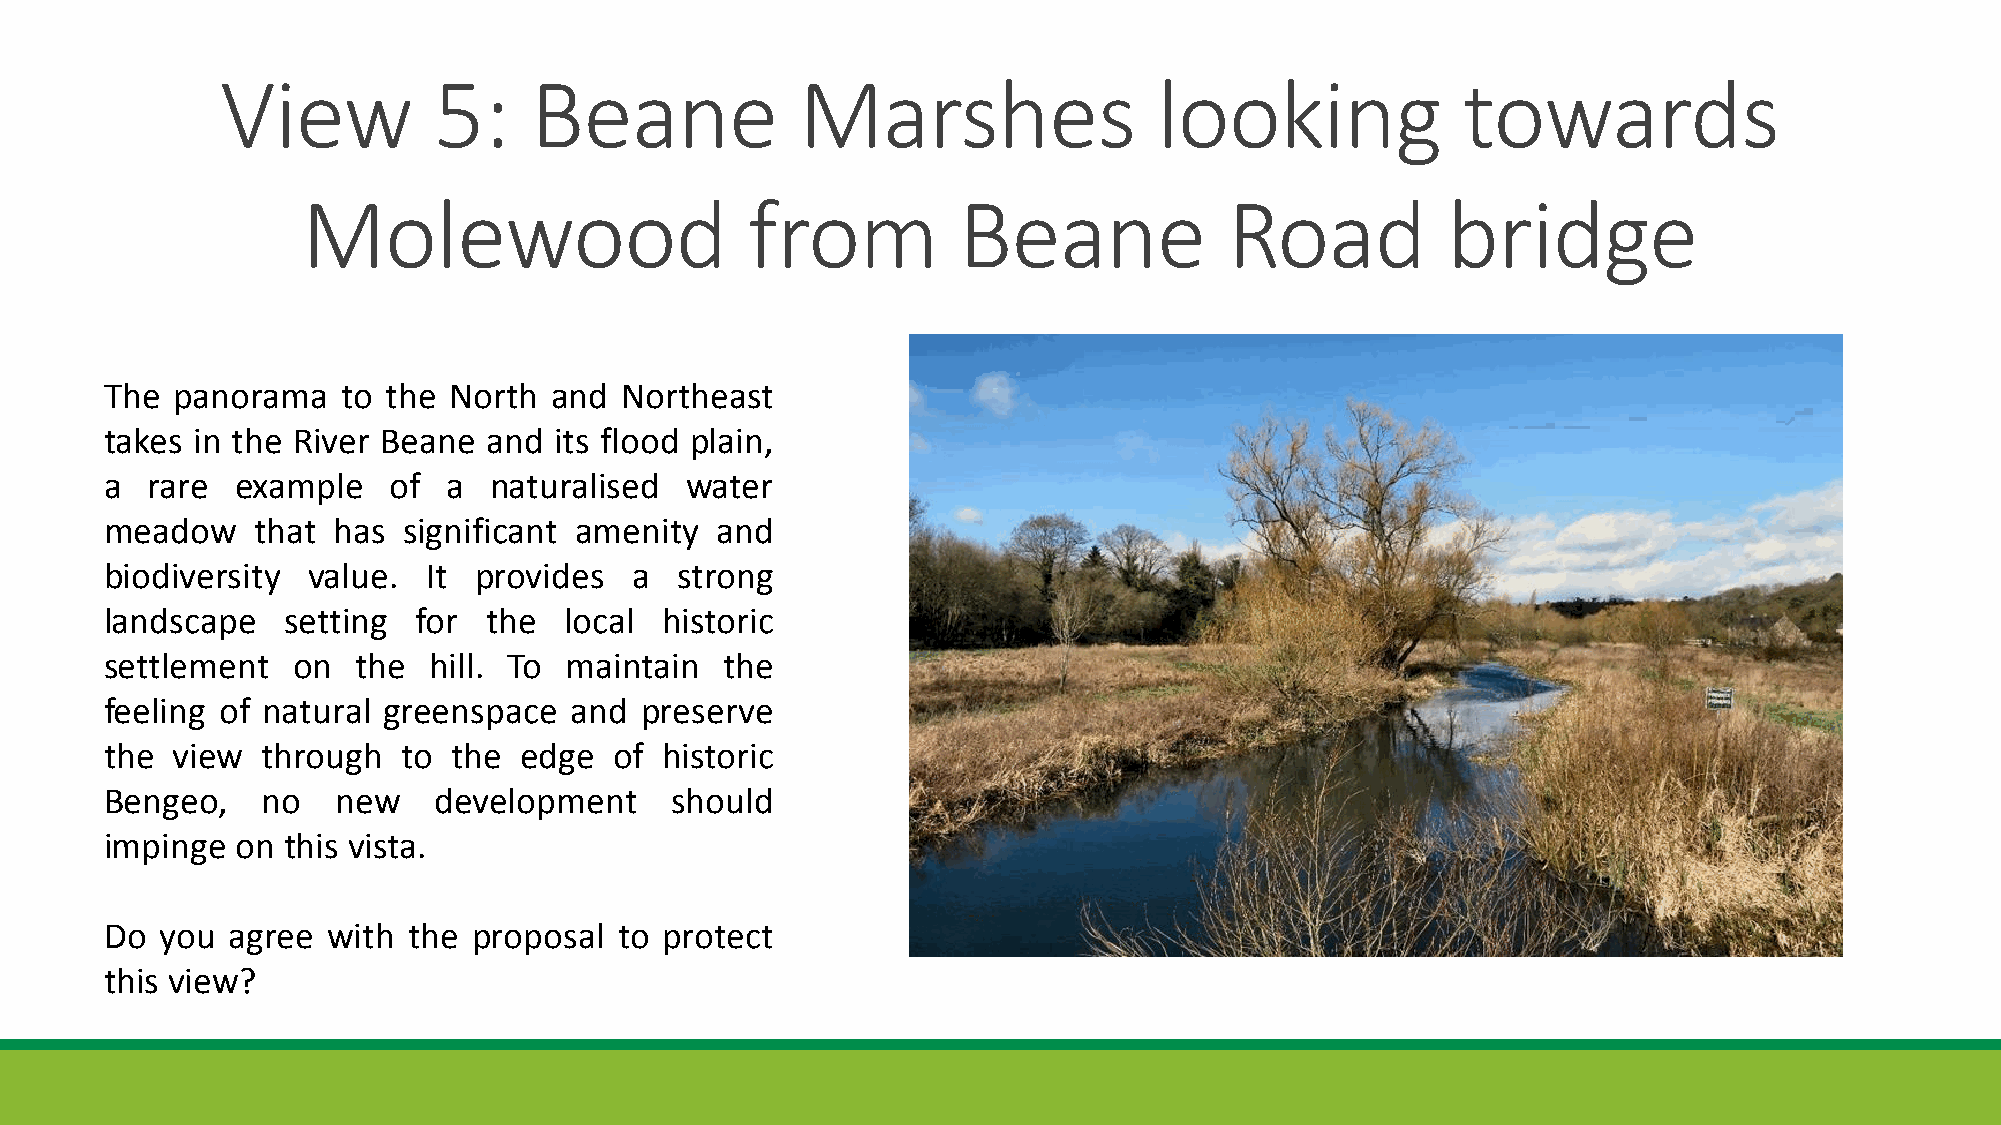
View          5:    Beane             Marshes                 looking             towards
 Molewood                     from          Beane             Road           bridge
 The panorama    to the North and  Northeast
 takes in the River Beane and  its flood plain,
 a  rare  example   of  a naturalised  water
 meadow    that has  significant amenity and
 biodiversity value.  It provides   a  strong
 landscape   setting for  the  local  historic
 settlement  on   the hill. To maintain   the
 feeling of natural greenspace  and preserve
 the view  through   to the edge   of historic
 Bengeo,   no   new    development    should
 impinge  on this vista.
 Do  you agree  with the proposal  to protect
 this view?